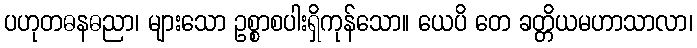
ပဟုတဓနဓညာ၊ များသော ဥစ္စာစပါးရှိကုန်သော။ ယေပိ တေ ခတ္တိယမဟာသာလာ၊